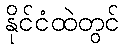
နိုင်ငံထဲတွင်